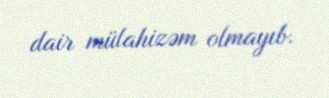
dair mülahizəm olmayıb.